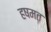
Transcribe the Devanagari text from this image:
हषमत